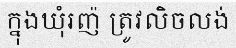
ក្នុងឃុំរញ៉ ត្រូវលិចលង់